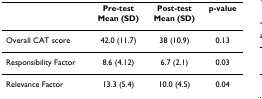
<table><thead><tr><td></td><td><b>Pre-testMean (SD)</b></td><td><b>Post-testMean (SD)</b></td><td><b>p-value</b></td></tr></thead><tbody><tr><td>Overall CAT score</td><td>42.0 (11.7)</td><td>38 (10.9)</td><td>0.13</td></tr><tr><td>Responsibility Factor</td><td>8.6 (4.12)</td><td>6.7 (2.1)</td><td>0.03</td></tr><tr><td>Relevance Factor</td><td>13.3 (5.4)</td><td>10.0 (4.5)</td><td>0.04</td></tr></tbody></table>